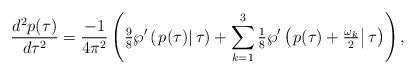
LaTeX: \begin{align*}\frac{d^{2}p(\tau)}{d\tau^{2}}=\frac{-1}{4\pi^{2}}\left( \tfrac{9}{8}\wp^{\prime}\left( \left. p(\tau)\right \vert \tau \right) +\sum_{k=1}^{3}\tfrac{1}{8}\wp^{\prime}\left( \left. p(\tau)+\tfrac{\omega_{k}}{2}\right \vert \tau \right) \right) , \end{align*}